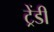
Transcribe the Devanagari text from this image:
ट्रेंडी